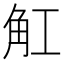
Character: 𧢸